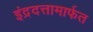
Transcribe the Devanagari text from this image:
इंद्रदत्तामार्फत